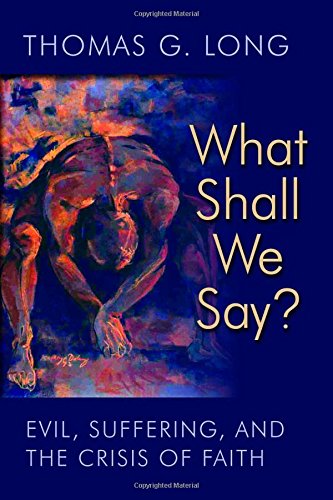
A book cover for What Shall We Say?: Evil, Suffering, and the Crisis of Faith; Thomas G. Long; Christian Books & Bibles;